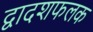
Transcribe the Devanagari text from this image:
द्वादशफलक